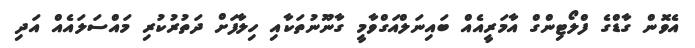
އެވޮން ގާޑްގެ ފްލޯޓިންގް އާމަރީއެއް ބައިނަލްއަގްވާމީ ގާނޫނުތަކާއި ހިލާފަށް ދަތުރުކުރި މައްސަލައެއް އަދި